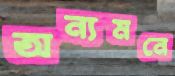
অন্যমনে